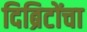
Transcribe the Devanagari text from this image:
दिब्रिटोंचा